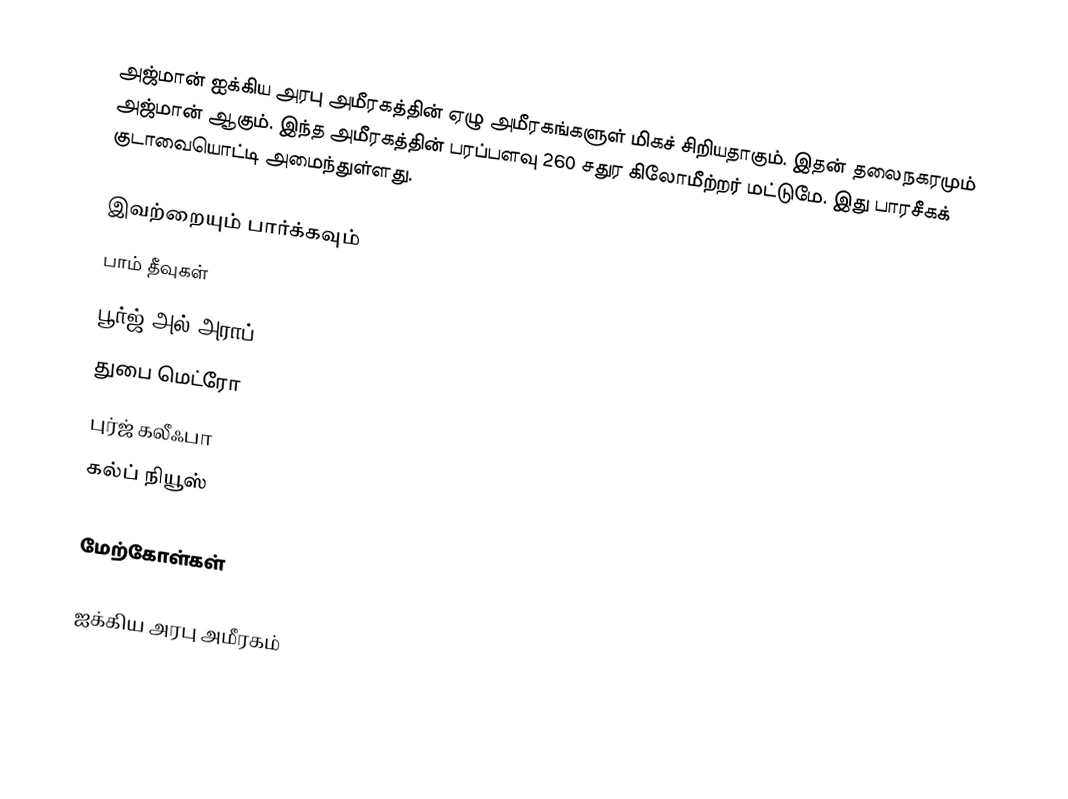
அஜ்மான் ஐக்கிய அரபு அமீரகத்தின் ஏழு அமீரகங்களுள் மிகச் சிறியதாகும். இதன் தலைநகரமும் அஜ்மான் ஆகும். இந்த அமீரகத்தின் பரப்பளவு 260 சதுர கிலோமீற்றர் மட்டுமே. இது பாரசீகக் குடாவையொட்டி அமைந்துள்ளது.

இவற்றையும் பார்க்கவும்
 பாம் தீவுகள்
 பூர்ஜ் அல் அராப்
 துபை மெட்ரோ
 புர்ஜ் கலீஃபா
 கல்ப் நியூஸ்

மேற்கோள்கள்

ஐக்கிய அரபு அமீரகம்